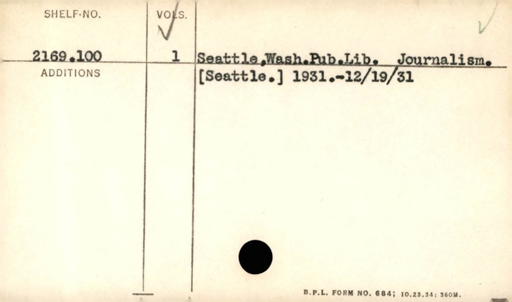
Label: content